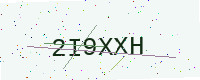
Text: 2I9XXH